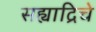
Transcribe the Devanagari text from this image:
सह्याद्रिचे